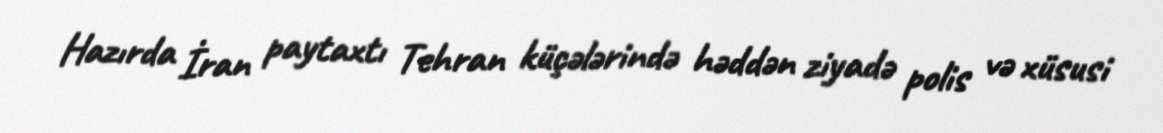
Hazırda İran paytaxtı Tehran küçələrində həddən ziyadə polis və xüsusi